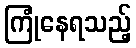
ကြုံနေရသည့်